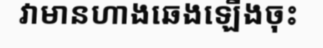
វាមានហាងឆេងឡើងចុះ